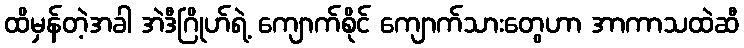
ထိမှန်တဲ့အခါ အဲဒီဂြိုဟ်ရဲ့ ကျောက်စိုင် ကျောက်သားတွေဟာ အာကာသထဲဆီ